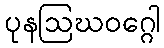
ပုနဩဃဝဂ္ဂေါ